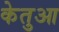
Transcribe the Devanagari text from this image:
केतुआ